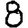
Digit: 8